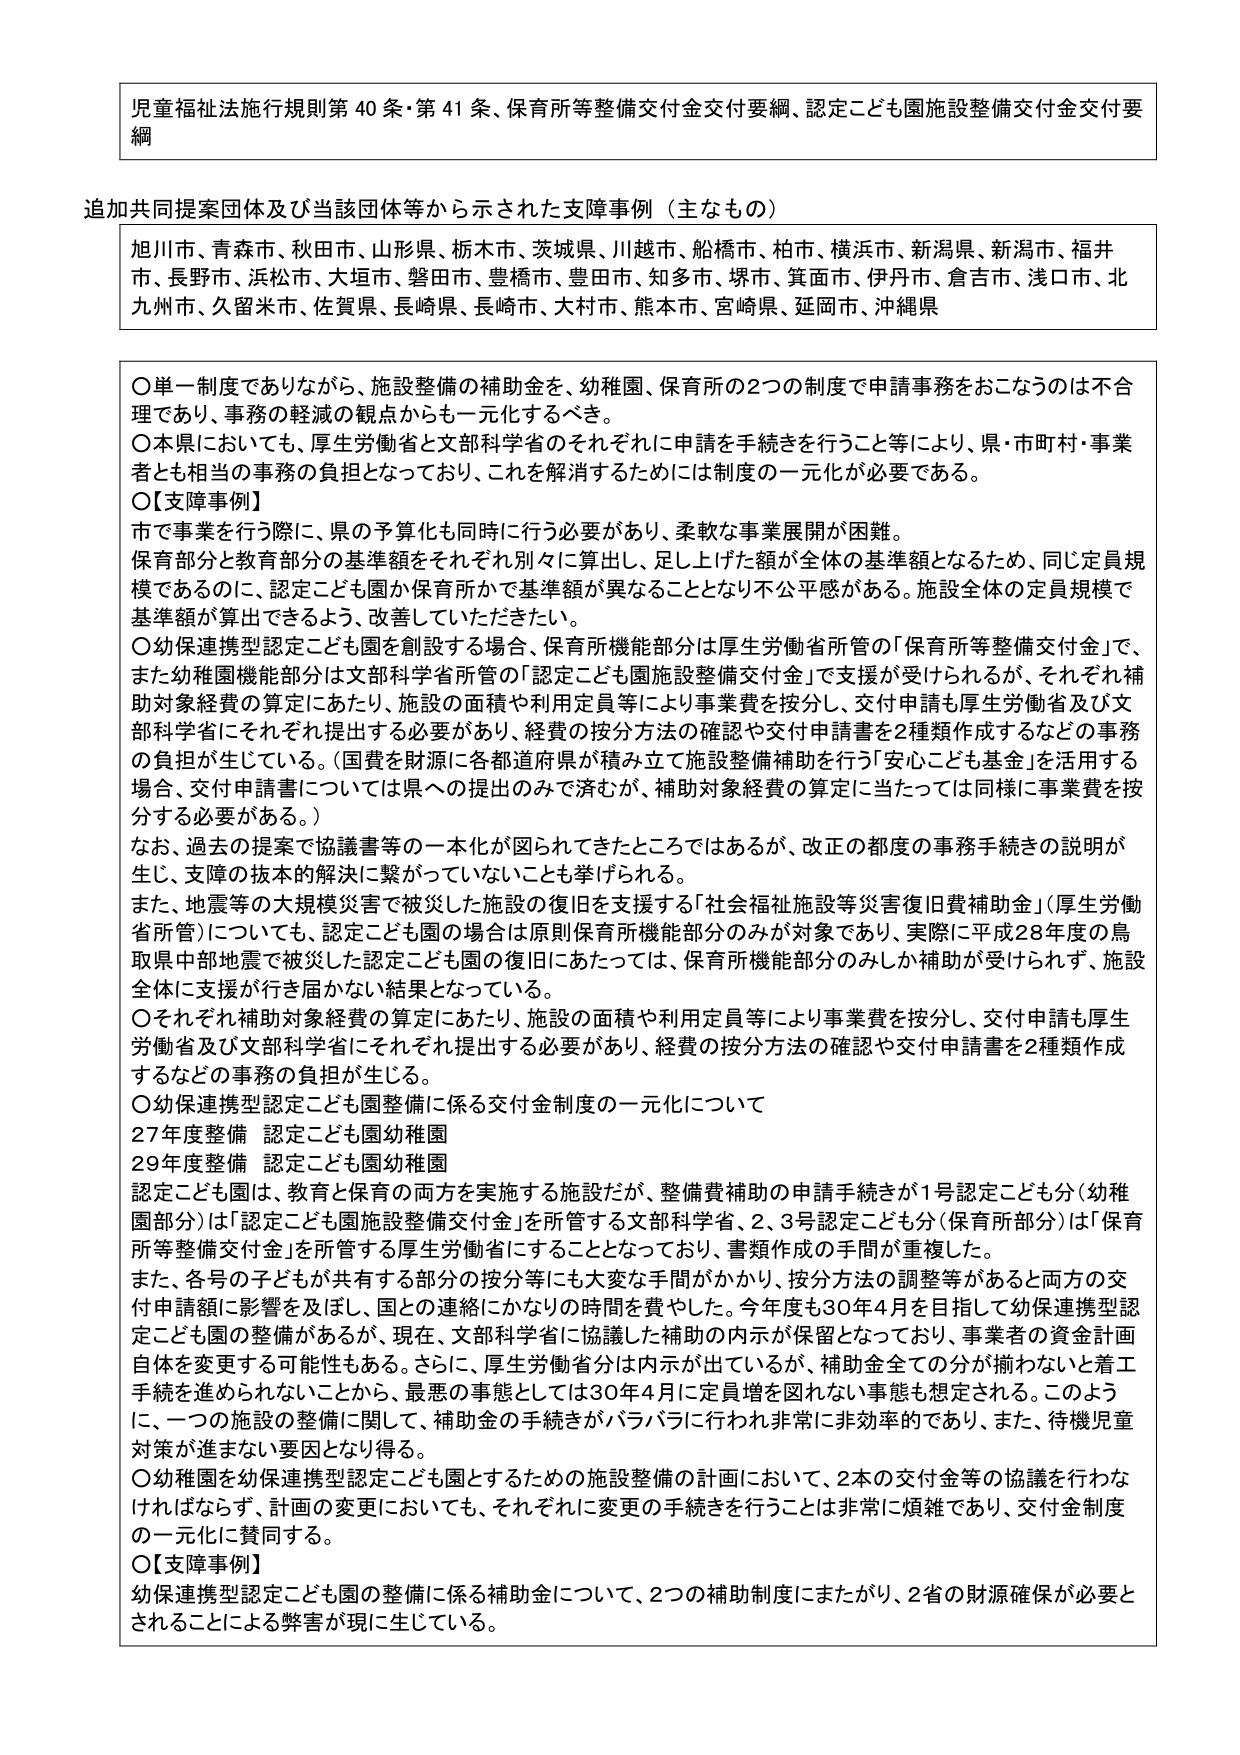
児童福祉法施行規則第40条・第41条、保育所等整備交付金交付要綱、認定こども園施設整備交付金交付要綱

追加共同提案団体及び当該団体等から示された支障事例（主なもの）
旭川市、青森市、秋田市、山形県、栃木市、茨城県、川越市、船橋市、柏市、横浜市、新潟県、新潟市、福井市、長野市、浜松市、大垣市、磐田市、豊橋市、豊田市、知多市、堺市、箕面市、伊丹市、倉吉市、浅口市、北九州市、久留米市、佐賀県、長崎県、長崎市、大村市、熊本市、宮崎県、延岡市、沖縄県

〇単一制度でありながら、施設整備の補助金を、幼稚園、保育所の2つの制度で申請事務をおこなうのは不合理であり、事務の軽減の観点からも一元化するべき。
〇本県においても、厚生労働省と文部科学省のそれぞれに申請を手続きを行うこと等により、県・市町村・事業者とも相当の事務の負担となっており、これを解消するためには制度の一元化が必要である。
〇【支障事例】
市で事業を行う際に、県の予算化も同時に行う必要があり、柔軟な事業展開が困難。
保育部分と教育部分の基準額をそれぞれ別々に算出し、足し上げた額が全体の基準額となるため、同じ定員規模であるのに、認定こども園か保育所かで基準額が異なることとなり不公平感がある。施設全体の定員規模で基準額が算出できるよう、改善していただきたい。
〇幼保連携型認定こども園を創設する場合、保育所機能部分は厚生労働省所管の「保育所等整備交付金」で、また幼稚園機能部分は文部科学省所管の「認定こども園施設整備交付金」で支援が受けられるが、それぞれ補助対象経費の算定にあたり、施設の面積や利用定員等により事業費を按分し、交付申請も厚生労働省及び文部科学省にそれぞれ提出する必要があり、経費の按分方法の確認や交付申請書を2種類作成するなどの事務の負担が生じている。（国費を財源に各都道府県が積み立て施設整備補助を行う「安心こども基金」を活用する場合、交付申請書については県への提出のみで済むが、補助対象経費の算定に当たっては同様に事業費を按分する必要がある。）
なお、過去の提案で協議書等の一本化が図られてきたところではあるが、改正の都度の事務手続きの説明が生じ、支障の抜本的解決に繋がっていないことも挙げられる。
また、地震等の大規模災害で被災した施設の復旧を支援する「社会福祉施設等災害復旧費補助金」（厚生労働省所管）についても、認定こども園の場合は原則保育所機能部分のみが対象であり、実際に平成28年度の鳥取県中部地震で被災した認定こども園の復旧にあたっては、保育所機能部分のみしか補助が受けられず、施設全体に支援が行き届かない結果となっている。
〇それぞれ補助対象経費の算定にあたり、施設の面積や利用定員等により事業費を按分し、交付申請も厚生労働省及び文部科学省にそれぞれ提出する必要があり、経費の按分方法の確認や交付申請書を2種類作成するなどの事務の負担が生じる。
〇幼保連携型認定こども園整備に係る交付金制度の一元化について
27年度整備 認定こども園幼稚園
29年度整備 認定こども園幼稚園
認定こども園は、教育と保育の両方を実施する施設だが、整備費補助の申請手続きが1号認定こども分（幼稚園部分）は「認定こども園施設整備交付金」を所管する文部科学省、2、3号認定こども分（保育所部分）は「保育所等整備交付金」を所管する厚生労働省にすることとなっており、書類作成の手間が重複した。
また、各号の子どもが共有する部分の按分等にも大変な手間がかかり、按分方法の調整等があると両方の交付申請額に影響を及ぼし、国との連絡にかなりの時間を費やした。今年度も30年4月を目指して幼保連携型認定こども園の整備があるが、現在、文部科学省に協議した補助の内示が保留となっており、事業者の資金計画自体を変更する可能性もある。さらに、厚生労働省分は内示が出ているが、補助金全ての分が揃わないと言う手続を進められないことから、最悪の事態としては30年4月に定員増を図れない事態も想定される。このように、一つの施設の整備に関して、補助金の手続きがバラバラに行われ非常に非効率的であり、また、待機児童対策が進まない要因となり得る。
〇幼稚園を幼保連携型認定こども園とするための施設整備の計画において、2本の交付金等の協議を行わなければならないず、計画の変更においても、それぞれに変更の手続きを行うことは非常に煩雑であり、交付金制度の一元化に賛同する。
〇【支障事例】
幼保連携型認定こども園の整備に係る補助金について、2つの補助制度にまたがり、2省の財源確保が必要とされることによる弊害が現に生じている。